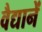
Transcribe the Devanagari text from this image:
वैद्यानें